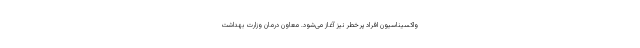
واکسیناسیون افراد پرخطر نیز آغاز می‌شود. معاون درمان وزارت بهداشت